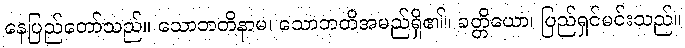
နေပြည်တော်သည်။ သောဘတိနာမ၊ သောဘတိအမည်ရှိ၏။ ခတ္တိယော၊ ပြည်ရှင်မင်းသည်။